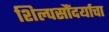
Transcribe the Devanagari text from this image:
शिल्पसौंदर्याचा